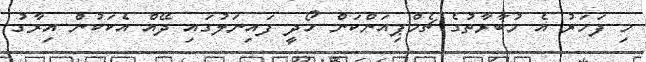
މި ފަހަރު އެ މުބާރާތުގެ ޗެމްޕިއަންކަން ހޯދީ ފައިނަލުގައި ދޭއް އެކަކުން އިރާގު